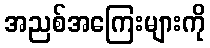
အညစ်အကြေးများကို